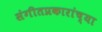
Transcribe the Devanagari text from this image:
संगीतप्रकारांच्या